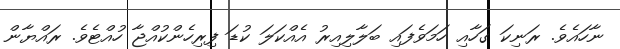
ނާހައެވެ. ރަނިކަ ގަހާއި ހަމަވެފައި ބަލާލިއިރު އެއްކަލަ ކުޑަ ފިރިހެންކުއްޖާ ހުއްޓެވެ. ރައްޔާން